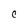
Character: C